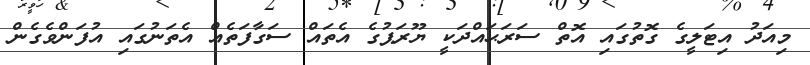
މިއަދު އިޓަލީގެ ގޮތުގައި އޮތް ސަރަޙައްދަކީ ޔޫރަޕުގެ އެތައް ސަގާފަތެއް އެތަނުގައި އުފަންވެގެން